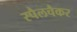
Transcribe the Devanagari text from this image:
स्पैलचैकर